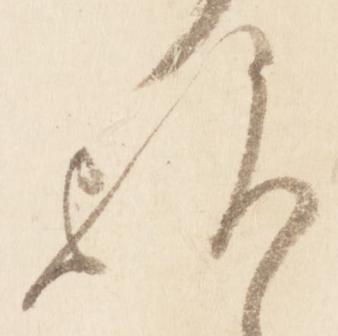
歟